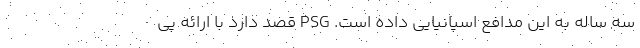
سه ساله به این مدافع اسپانیایی داده است. PSG قصد دارد با ارائه پی